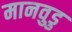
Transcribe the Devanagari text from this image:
मानवुडु